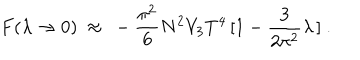
{ } F ( \lambda \to 0 ) ~ \approx ~ - \frac { \pi ^ { 2 } } { 6 } N ^ { 2 } V _ { 3 } T ^ { 4 } \, [ 1 - \frac { 3 } { 2 \pi ^ { 2 } } \lambda \, ] \ .